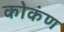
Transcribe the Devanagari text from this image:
कोकंण